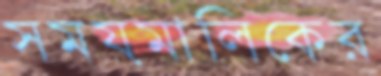
সময়মালিকের